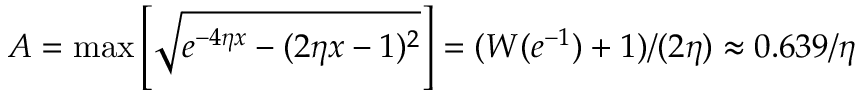
A = \operatorname* { m a x } \left[ \sqrt { e ^ { - 4 \eta x } - ( 2 \eta x - 1 ) ^ { 2 } } \right] = ( W ( e ^ { - 1 } ) + 1 ) / ( 2 \eta ) \approx 0 . 6 3 9 / \eta